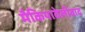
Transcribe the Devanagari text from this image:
मैकियावेलीवाद